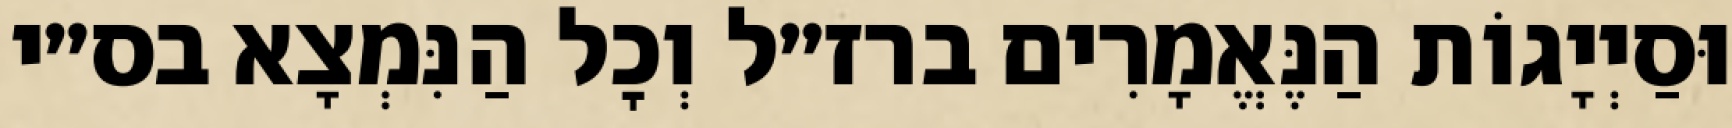
וּסַיְיָגוֹת הַנֶּאֱמָרִים ברז״ל וְכׇל הַנִּמְצָא בס״י